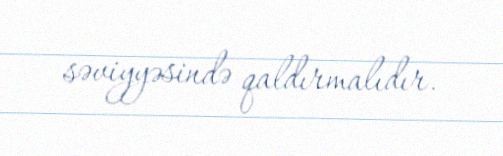
səviyyəsində qaldırmalıdır.